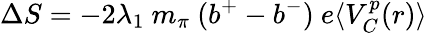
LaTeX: \Delta S=-2\lambda_{1}\ m_{\pi}\ (b^{+}-b^{-})\ e\langle V_{C}^{p}(r)\rangle